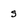
Character: s